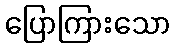
ပြောကြားသော